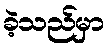
ခဲ့သည်မှာ